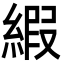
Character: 縀